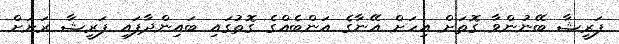
ފަރީޝާ ބޭނުންވާ ގޮތަށް އިހަށް އޭނާގެ އަންބެއްގެ ގޮތުގައި ބައިންދާފައި ފަރީޝާ ރަށަށް